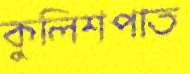
কুলিশপাত